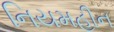
નિયમહીન